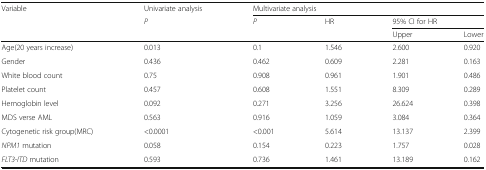
<table><thead><tr><td rowspan="3"><b>Variable</b></td><td><b>Univariate analysis</b></td><td colspan="4"><b>Multivariate analysis</b></td></tr><tr><td rowspan="2"><b><i>P</i></b></td><td rowspan="2"><b><i>P</i></b></td><td rowspan="2"><b>HR</b></td><td colspan="2"><b>95% CI for HR</b></td></tr><tr><td><b>Upper</b></td><td><b>Lower</b></td></tr></thead><tbody><tr><td>Age(20 years increase)</td><td>0.013</td><td>0.1</td><td>1.546</td><td>2.600</td><td>0.920</td></tr><tr><td>Gender</td><td>0.436</td><td>0.462</td><td>0.609</td><td>2.281</td><td>0.163</td></tr><tr><td>White blood count</td><td>0.75</td><td>0.908</td><td>0.961</td><td>1.901</td><td>0.486</td></tr><tr><td>Platelet count</td><td>0.457</td><td>0.608</td><td>1.551</td><td>8.309</td><td>0.289</td></tr><tr><td>Hemoglobin level</td><td>0.092</td><td>0.271</td><td>3.256</td><td>26.624</td><td>0.398</td></tr><tr><td>MDS verse AML</td><td>0.563</td><td>0.916</td><td>1.059</td><td>3.084</td><td>0.364</td></tr><tr><td>Cytogenetic risk group(MRC)</td><td>&lt;0.0001</td><td>&lt;0.001</td><td>5.614</td><td>13.137</td><td>2.399</td></tr><tr><td><i>NPM1</i> mutation</td><td>0.058</td><td>0.154</td><td>0.223</td><td>1.757</td><td>0.028</td></tr><tr><td><i>FLT3-ITD</i> mutation</td><td>0.593</td><td>0.736</td><td>1.461</td><td>13.189</td><td>0.162</td></tr></tbody></table>